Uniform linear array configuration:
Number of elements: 64
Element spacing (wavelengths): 0.75
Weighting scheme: kaiser
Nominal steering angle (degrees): -45
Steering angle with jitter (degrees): -44.899
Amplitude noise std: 0.05
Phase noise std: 0.05

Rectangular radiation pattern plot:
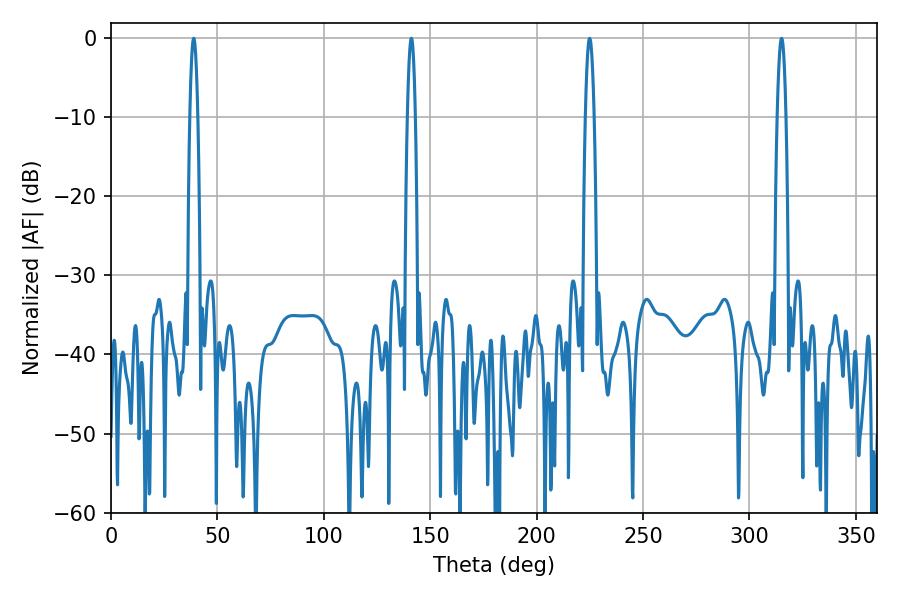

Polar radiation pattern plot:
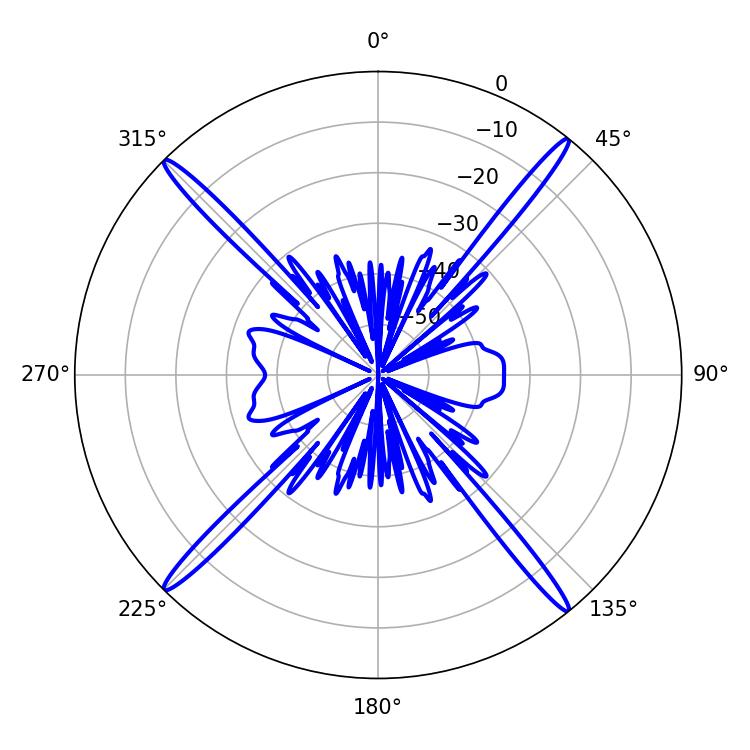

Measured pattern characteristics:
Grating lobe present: TRUE
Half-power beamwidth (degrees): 1.98
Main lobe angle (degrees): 38.88